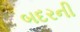
બદરની